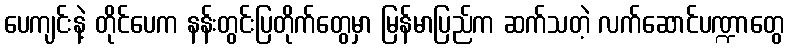
ပေကျင်းနဲ့ တိုင်ပေက နန်းတွင်းပြတိုက်တွေမှာ မြန်မာပြည်က ဆက်သတဲ့ လက်ဆောင်ပဏ္ဍာတွေ